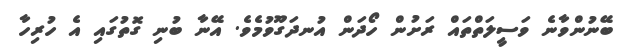
ބޭނުންވާނެ ވަސީލަތްތައް ރަށުން ހޯދަން އުނދަގޫވުމެވެ. އޭނާ ބުނި ގޮތުގައި އެ ހުރިހާ